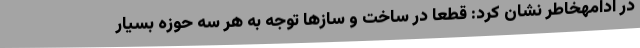
در ادامهخاطر نشان کرد: قطعا در ساخت و سازها توجه به هر سه حوزه بسیار